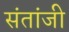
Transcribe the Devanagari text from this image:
संतांजी